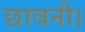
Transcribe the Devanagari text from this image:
छावनी।